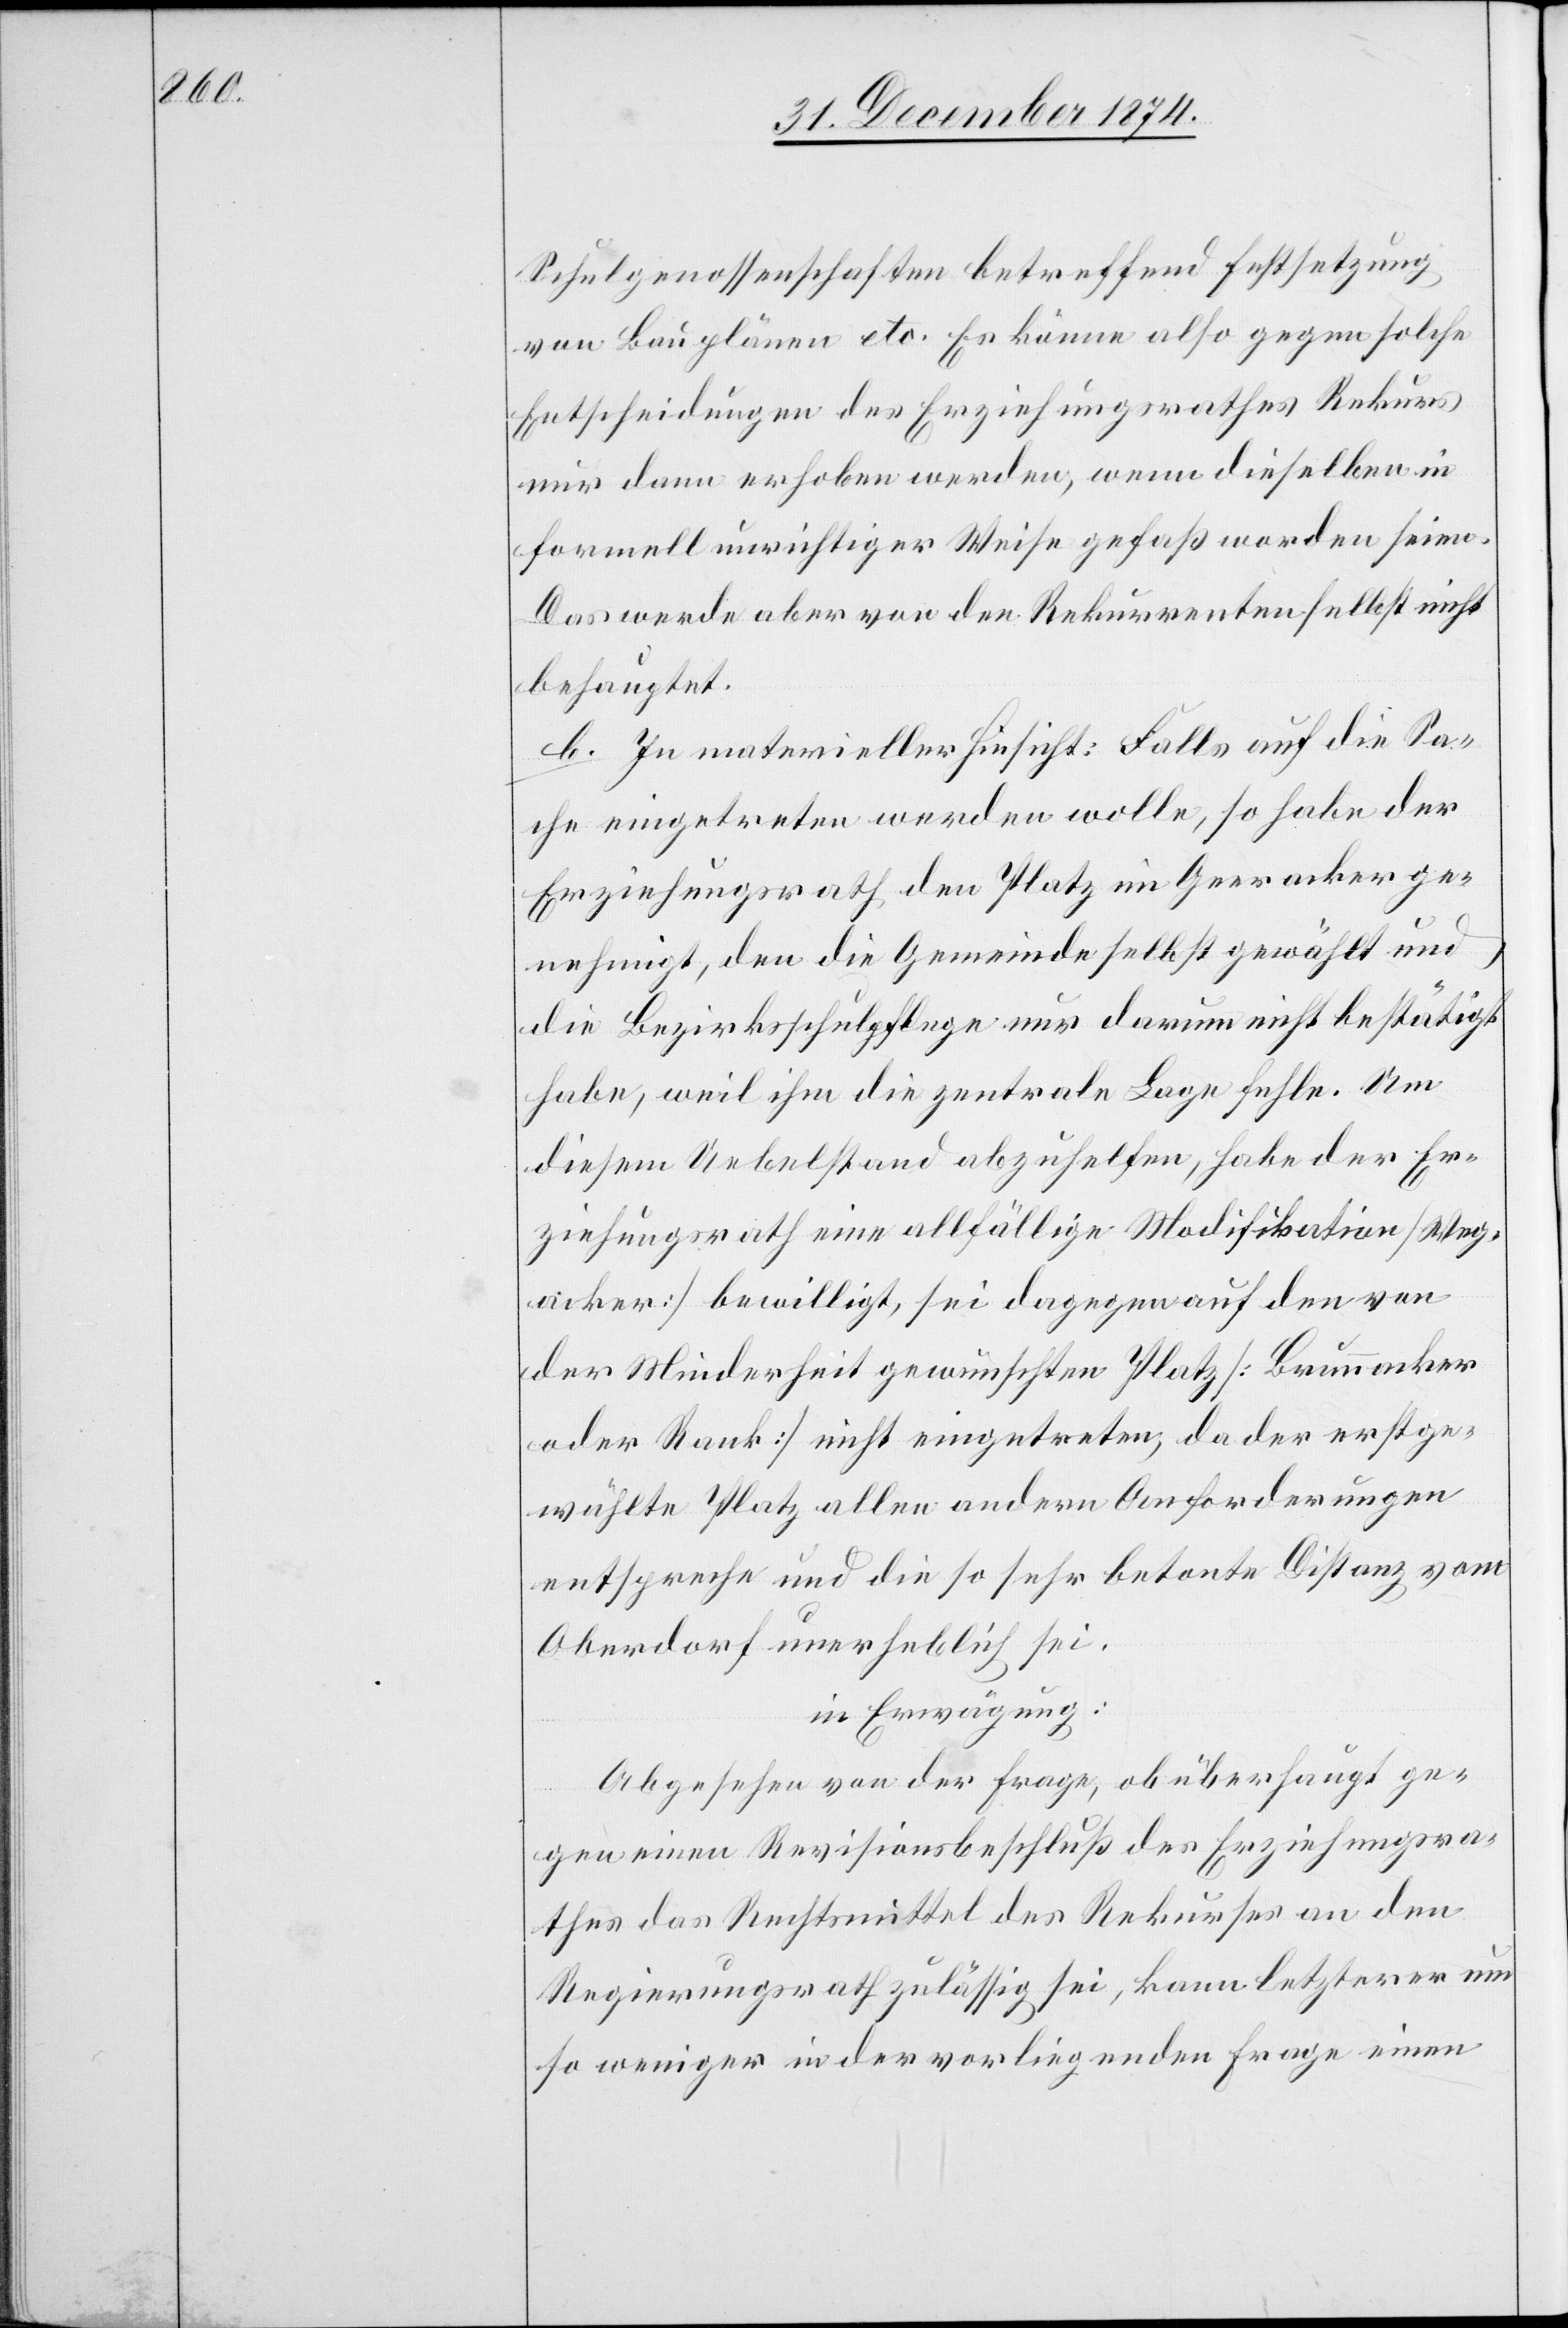
Schulgenossenschaften betreffend Festsetzung
von Bauplänen etc. Es könne also gegen solche
Entscheidungen des Erziehungsrathes Rekurs
nur dann erhoben werden, wenn dieselben in
formell unrichtiger Weise gefaß[t] worden seien.
Das werde aber von den Rekurrenten selbst nicht
behauptet.
b. In materieller Hinsicht: Falls auf die Sa¬
che eingetreten werden wolle, so habe der
Erziehungsrath den Platz im Geeracker ge¬
nehmigt, den die Gemeinde selbst gewählt und
die Bezirksschulpflege nur darum nicht bestätigt
habe, weil ihm die zentrale Lage fehle. Um
diesem Uebelstand abzuhelfen, habe der Er¬
ziehungsrath eine allfällige Modifikation [Weg¬
acker] bewilligt, sei dagegen auf den von
der Minderheit gewünschten Platz [Brunnacker
oder Rank] nicht eingetreten, da der erstge¬
wählte Platz allen andern Anforderungen
entspreche und die so sehr betonte Distanz vom
Oberdorf unerheblich sei.
in Erwägung:
Abgesehen von der Frage, ob überhaupt ge¬
gen einen Revisionsbeschluß des Erziehungsra¬
thes das Rechtsmittel des Rekurses an den
Regierungsrath zulässig sei, kann letzterer um
so weniger in der vorliegenden Frage einen